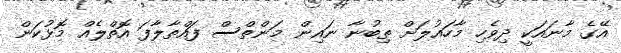
އޭގެ މާނައަކީ ދިވެހި މާހައުލަށް ތިބުނާ ނައިން މަންތްސް ފައްތާލާފަ އޮތްލެއް މޮޅުކަން